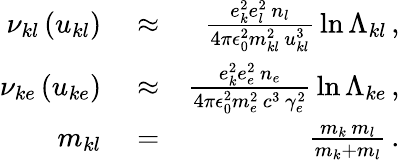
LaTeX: \begin{array}{rlr}{\nu_{kl}\left(u_{kl}\right)}&{{}\approx}&{\frac{e_{k}^{2}e_{l}^{2}\, n_{l}}{4\pi\epsilon_{0}^{2}m_{kl}^{2}\, u_{kl}^{3}}\, \ln\Lambda_{kl}\, ,}\\ {\nu_{ke}\left(u_{ke}\right)}&{{}\approx}&{\frac{e_{k}^{2}e_{e}^{2}\, n_{e}}{4\pi\epsilon_{0}^{2}m_{e}^{2}\, c^{3}\, \gamma_{e}^{2}}\, \ln\Lambda_{ke}\, ,}\\ {m_{kl}}&{{}=}&{\frac{m_{k}\, m_{l}}{m_{k}+m_{l}}\, .}\end{array}